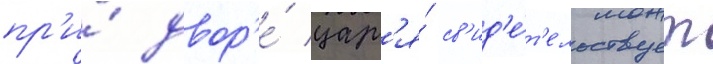
пр'и́ двор'е́ цар'я́ св'ид'е́т'ельствует